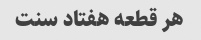
هر قطعه هفتاد سنت